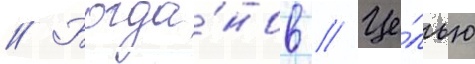
// Богда́нов // Це́лью